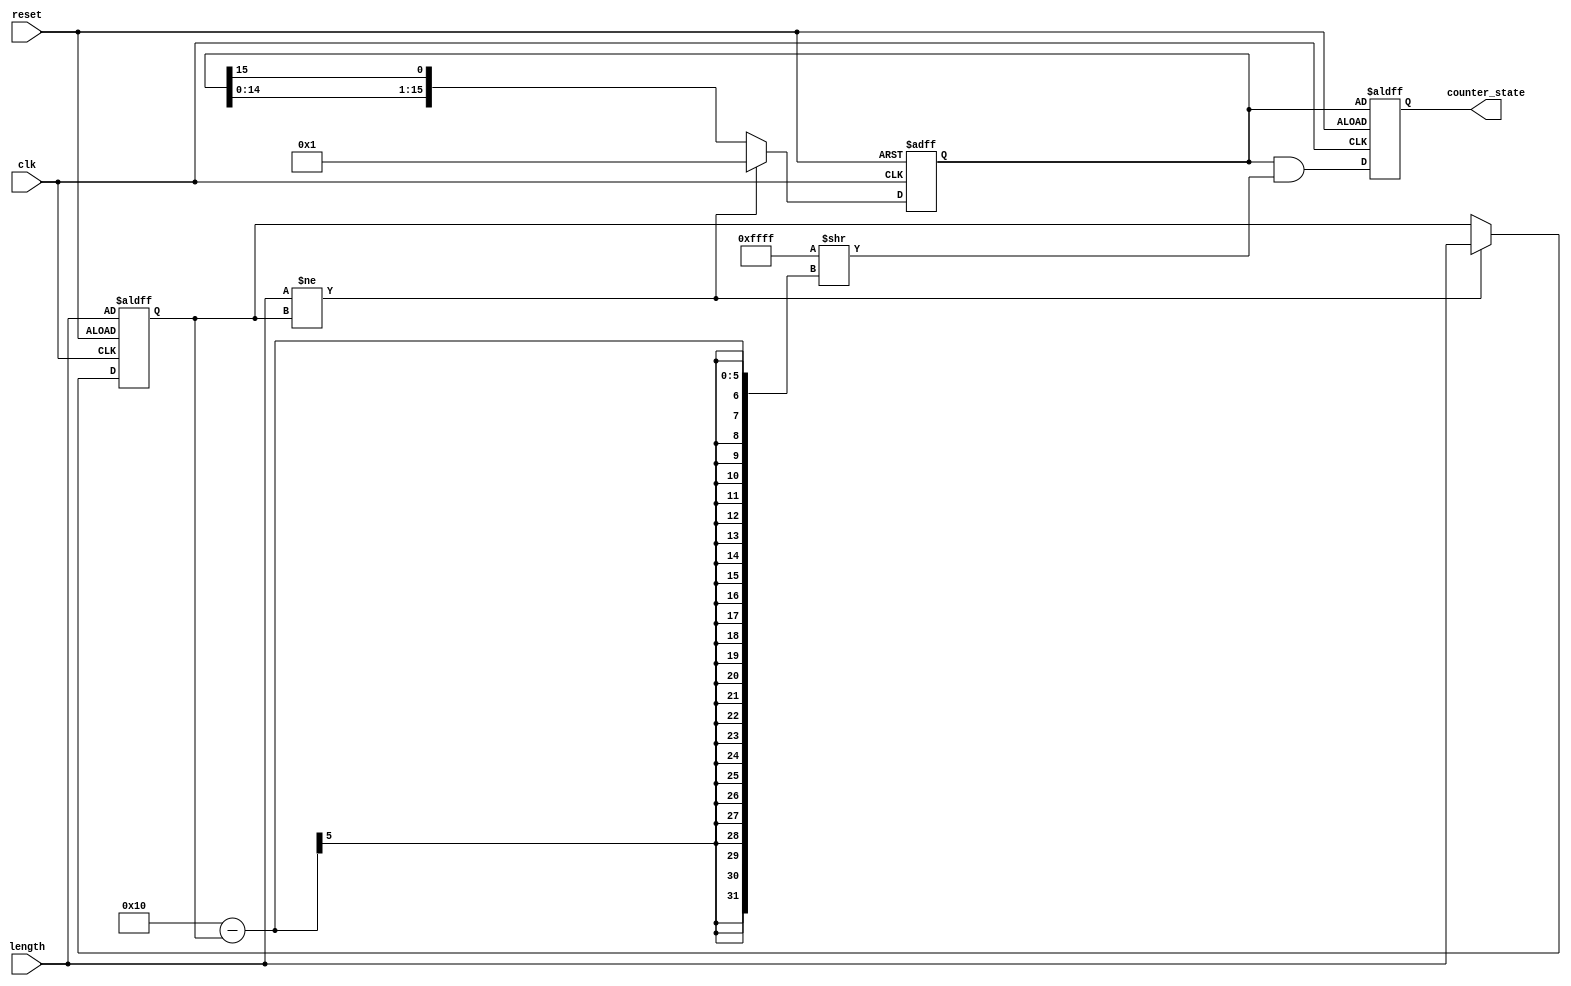
module variable_length_ring_counter #(
    parameter MAX_LENGTH = 16  // Maximum length of the ring counter
)(
    input wire clk,              // Clock signal
    input wire reset,            // Reset signal
    input wire [3:0] length,     // Desired length of the ring counter (1 to MAX_LENGTH)
    output reg [MAX_LENGTH-1:0] counter_state // Current state of the counter
);

    reg [MAX_LENGTH-1:0] shift_reg; // Shift register to hold the current state
    reg [3:0] current_length;        // Current length of the counter

    // Initialize or reset the counter
    always @(posedge clk or posedge reset) begin
        if (reset) begin
            // Reset the counter state
            current_length <= length; // Set the current length
            shift_reg <= 1'b1;         // Initialize the first bit to '1'
            counter_state <= shift_reg; // Output the initial state
        end else begin
            // Update the current length if it has changed
            if (length != current_length) begin
                current_length <= length; // Update the current length
                shift_reg <= 1'b1;         // Reset the shift register
            end else begin
                // Shift left and wrap around the bit
                shift_reg <= {shift_reg[MAX_LENGTH-2:0], shift_reg[MAX_LENGTH-1]};
            end
            
            // Update the output state based on the current length
            counter_state <= shift_reg & { {MAX_LENGTH{1'b1}} >> (MAX_LENGTH - current_length) };
        end
    end

endmodule